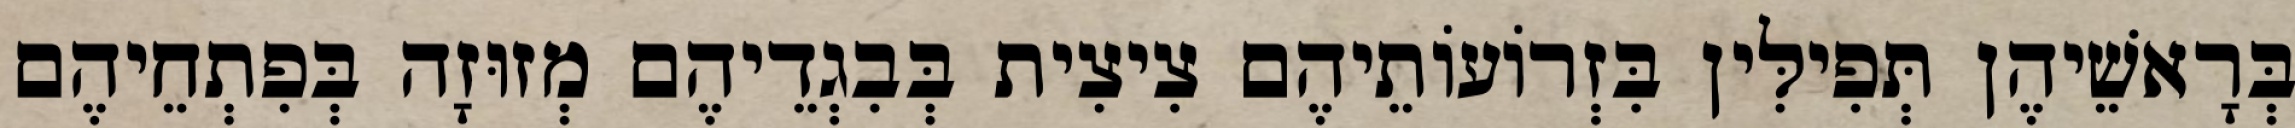
בְּרָאשֵׁיהֶן תְּפִילִּין בִּזְרוֹעוֹתֵיהֶם צִיצִית בְּבִגְדֵיהֶם מְזוּזָה בְּפִתְחֵיהֶם